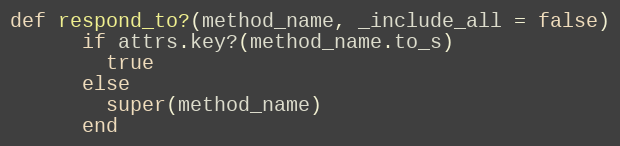
Language: Ruby
def respond_to?(method_name, _include_all = false)
      if attrs.key?(method_name.to_s)
        true
      else
        super(method_name)
      end